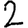
Digit: 2